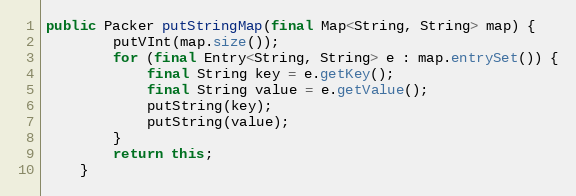
Language: Java
public Packer putStringMap(final Map<String, String> map) {
		putVInt(map.size());
		for (final Entry<String, String> e : map.entrySet()) {
			final String key = e.getKey();
			final String value = e.getValue();
			putString(key);
			putString(value);
		}
		return this;
	}